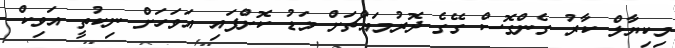
މިކިޔާލް ކާރު ގެންގޮސް ގޭގެ ދޮރުމައްޗަށް މަޑު ކޮށްފައި އަވަހަށް ނިކުތީ އަވިކް